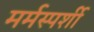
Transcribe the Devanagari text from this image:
मर्मस्‍पर्शी